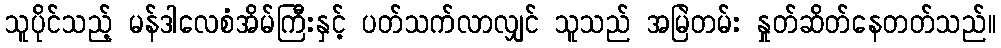
သူပိုင်သည့် မန်ဒါလေစံအိမ်ကြီးနှင့် ပတ်သက်လာလျှင် သူသည် အမြဲတမ်း နှုတ်ဆိတ်နေတတ်သည်။